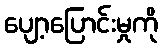
ပျော့ပြောင်းမှုကို